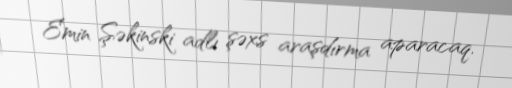
Emin Şəkinski adlı şəxs araşdırma aparacaq.